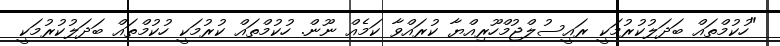
"ހުކުމްތައް ބަދަލުކުރުމަކީ ރައީސުލްޖުމްހޫރިއްޔާ ކުރައްވާ ކަމެއް ނޫން. ހުކުމްތައް ކުރުމަކީ ހުކުމްތައް ބަދަލުކުރުމަކީ